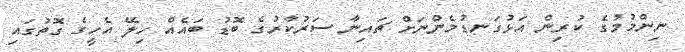
ނިންމުމުގެ ކުރިން އަޅުގަނޑުމެންނަށް ޗައިނާ ސަރުކާރުގެ ބޮޑު ބައެއް ހިލޭ އެހީގެ ގޮތުގައި